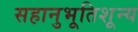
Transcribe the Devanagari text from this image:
सहानुभूतिशून्य